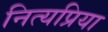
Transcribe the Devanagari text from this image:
नित्यप्रिया